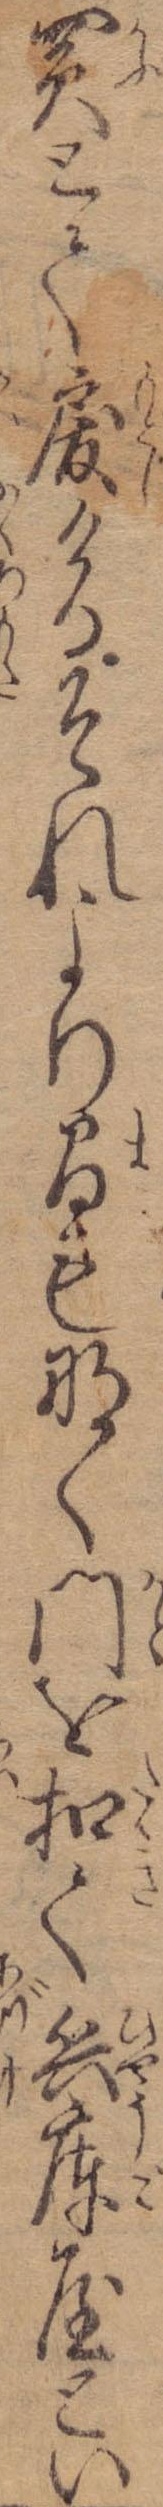
買とて戻けるそれより間もなく門を扣て兵庫屋とい